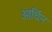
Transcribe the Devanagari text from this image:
आर्चिन